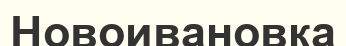
Новоивановка